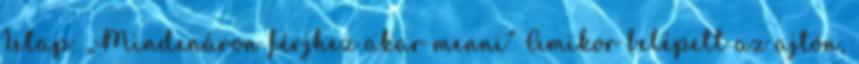
1.etap: „Mindenáron férjhez akar menni” Amikor belépett az ajtón,